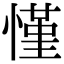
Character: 慬